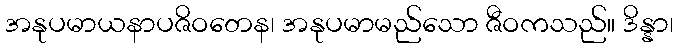
အနုပမာယနာပဇိဝတေန၊ အနုပမာမည်သော ဇီဝကသည်။ ဒိန္နာ၊